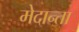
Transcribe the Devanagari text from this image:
मेदान्ता